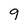
Character: 9